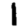
Digit: 1